Annual report on the health of the army in India
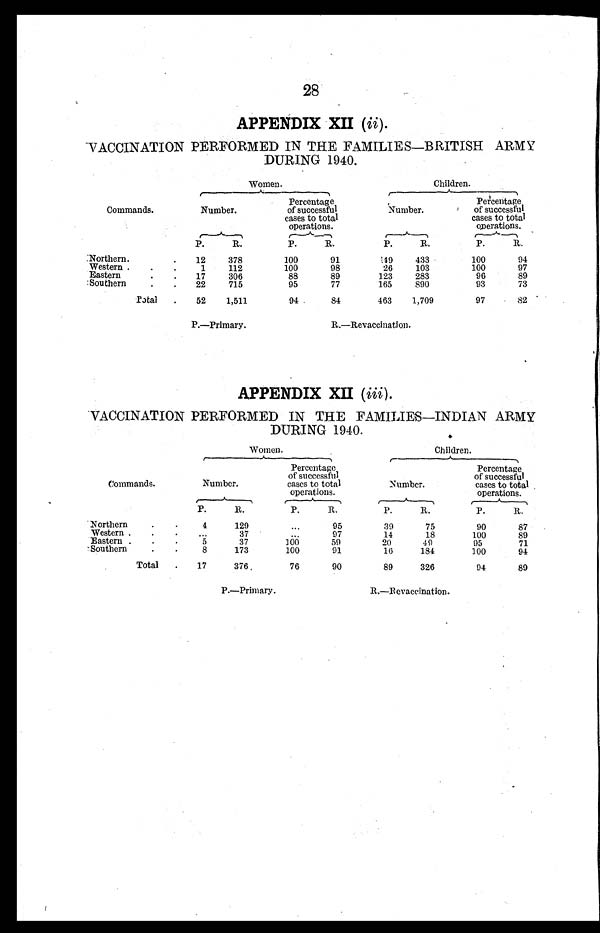
28
APPENDIX XII ( ii ).
VACCINATION PERFORMED IN THE FAMILIES—BRITISH ARMY
DURING 1940.
Women.
Children.
Commands.
Number.
Percent age
of successful
cases to total
operations.
Number.
Percentage
of successful
cases to total
op erations.
P.
R.
P.
R.
P.
R.
P.
R.
Northern.
.
12
378
100
91
1 4 9
433
100
94
Western .
.
.
1
112
100
98
26
103
100
97
Eastern
.
.
17
306
88
89
123
283
96
89
Southern
.
.
22
715
95
77
165
890
93
73
Total
.
52
1,511
94
84
463
1,709
97
82
P.—Primary.
R.—Revaccination.
APPENDIX XII (iii ).
VACCINATION PERFORMED IN THE FAMILIES—INDIAN ARMY
DURING 1940.
Women.
Children.
Commands.
Number.
Percentage
of successful
cases to total
operations.
Number.
Percentage
of successful
cases to total
operations.
P.
R.
P.
R.
P.
R.
P.
R.
Northern
..
4
129
...
95
39
75
90
87
Western .
.
...
3 7
...
97
14
18
100
89
Eastern .
.
.
5
37
100
59
20
49
95
71
Southern
.
.
8
173
100
91
16
184
100
94
Total
.
17
376
76
90
89
326
94
89
P.—Primary.
R.—Revaccination.